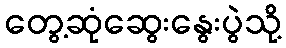
တွေ့ဆုံဆွေးနွေးပွဲသို့